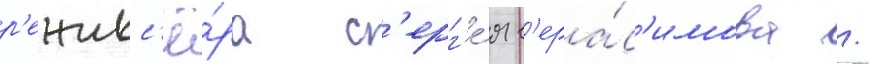
р'ежисс'ё́ра с'ерг'е́я г'ера́с'имова /